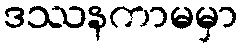
ဒဿနကာမမှာ